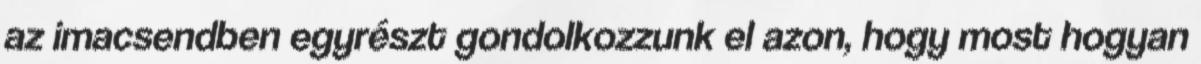
az imacsendben egyrészt gondolkozzunk el azon, hogy most hogyan